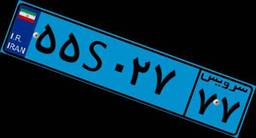
۴۵S۶۰۹۱۵